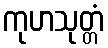
ကုဟသုတ္တံ